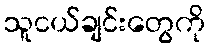
သူငယ်ချင်းတွေကို